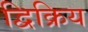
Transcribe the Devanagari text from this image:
द्विक्रिय